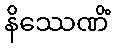
နိဿေဏိံ